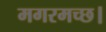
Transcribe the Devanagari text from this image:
मगरमच्छ।